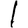
Digit: 1